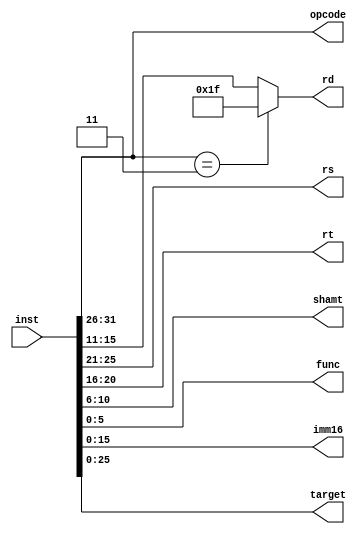
module inst_split(
    input [31:0] inst,
    output [5:0] opcode,
    output [4:0] rs,
    output [4:0] rt,
    output [4:0] rd,
    output [4:0] shamt,
    output [5:0] func,
    output [15:0] imm16,
    output [25:0] target
    );
    
    assign opcode = inst[31:26];
    assign rs = inst[25:21];
    assign rt = inst[20:16];
    // IF INSTRUCTION IS JAL, ASSIGN RD = 31
    assign rd = (inst[31:26]==6'b000011) ? 5'b11111 : inst[15:11];
    assign shamt = inst[10:6];
    assign func = inst[5:0];
    assign imm16 = inst[15:0];
    assign target = inst[25:0];

endmodule